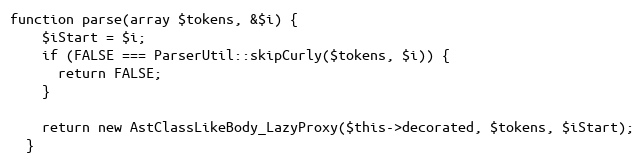
Language: PHP
function parse(array $tokens, &$i) {
    $iStart = $i;
    if (FALSE === ParserUtil::skipCurly($tokens, $i)) {
      return FALSE;
    }

    return new AstClassLikeBody_LazyProxy($this->decorated, $tokens, $iStart);
  }